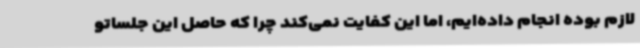
لازم بوده انجام داده‌ایم، اما این کفایت نمی‌کند چرا که حاصل این جلساتو